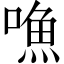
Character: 𠽐